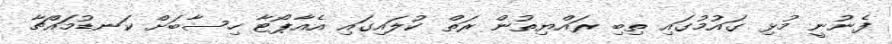
ފެނުނީ މުޅި ގައުމުގައި ތިބި ރައްޔިތުން ރަތް ކުލައިގައި އެއާޕޯޓާ ހިސާބަށް ކަނޑުމައްޗާ